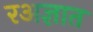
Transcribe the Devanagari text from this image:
रअज्ञात